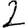
Digit: 2